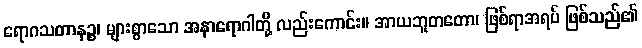
ရောဂသတာနဉ္စ၊ များစွာသော အနာရောဂါတို့ လည်းကောင်း။ အာယဘူတတော၊ ဖြစ်ရာအရပ် ဖြစ်သည်၏